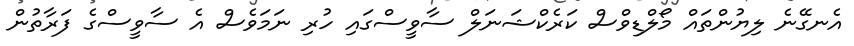
އެނގޭނެ ލިޔުންތައް މޯލްޑިވްސް ކަރެކްޝަނަލް ސާވީސްގައި ހުރި ނަމަވެސް އެ ސާވީސްގެ ފަރާތުން